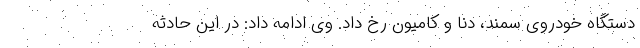
دستگاه خودروی سمند، دنا و کامیون رخ داد. وی ادامه داد: در این حادثه